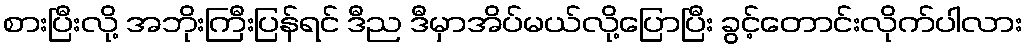
စားပြီးလို့ အဘိုးကြီးပြန်ရင် ဒီည ဒီမှာအိပ်မယ်လို့ပြောပြီး ခွင့်တောင်းလိုက်ပါလား